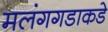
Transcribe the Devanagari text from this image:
मलंगगडाकडे